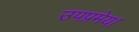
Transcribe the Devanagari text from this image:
उपप्रमेय।